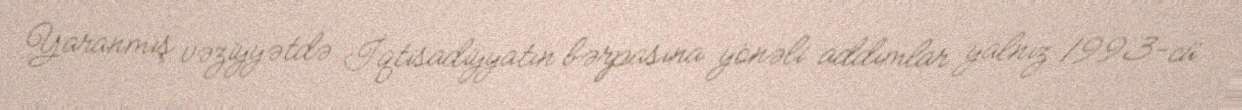
Yaranmış vəziyyətdə İqtisadiyyatın bərpasına yönəli addımlar yalnız 1993-cü